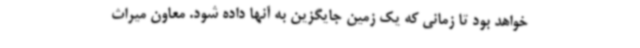
خواهد بود تا زمانی که یک زمین جایگزین به آنها داده شود. معاون میراث